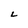
Character: L